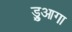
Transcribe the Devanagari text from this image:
ड्रुआगा